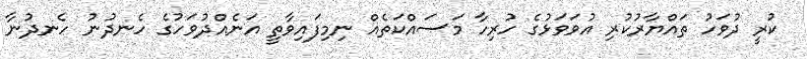
ކުރީ ދުވަހު ތައްޔާރުކުރި އުވަވަޅުގެ ހުރިހާ މަސައްކަތެއް ނިމިފައިވާތީ އަނެއްދުވަހުގެ ހެނދުނު ހެނދުނާ